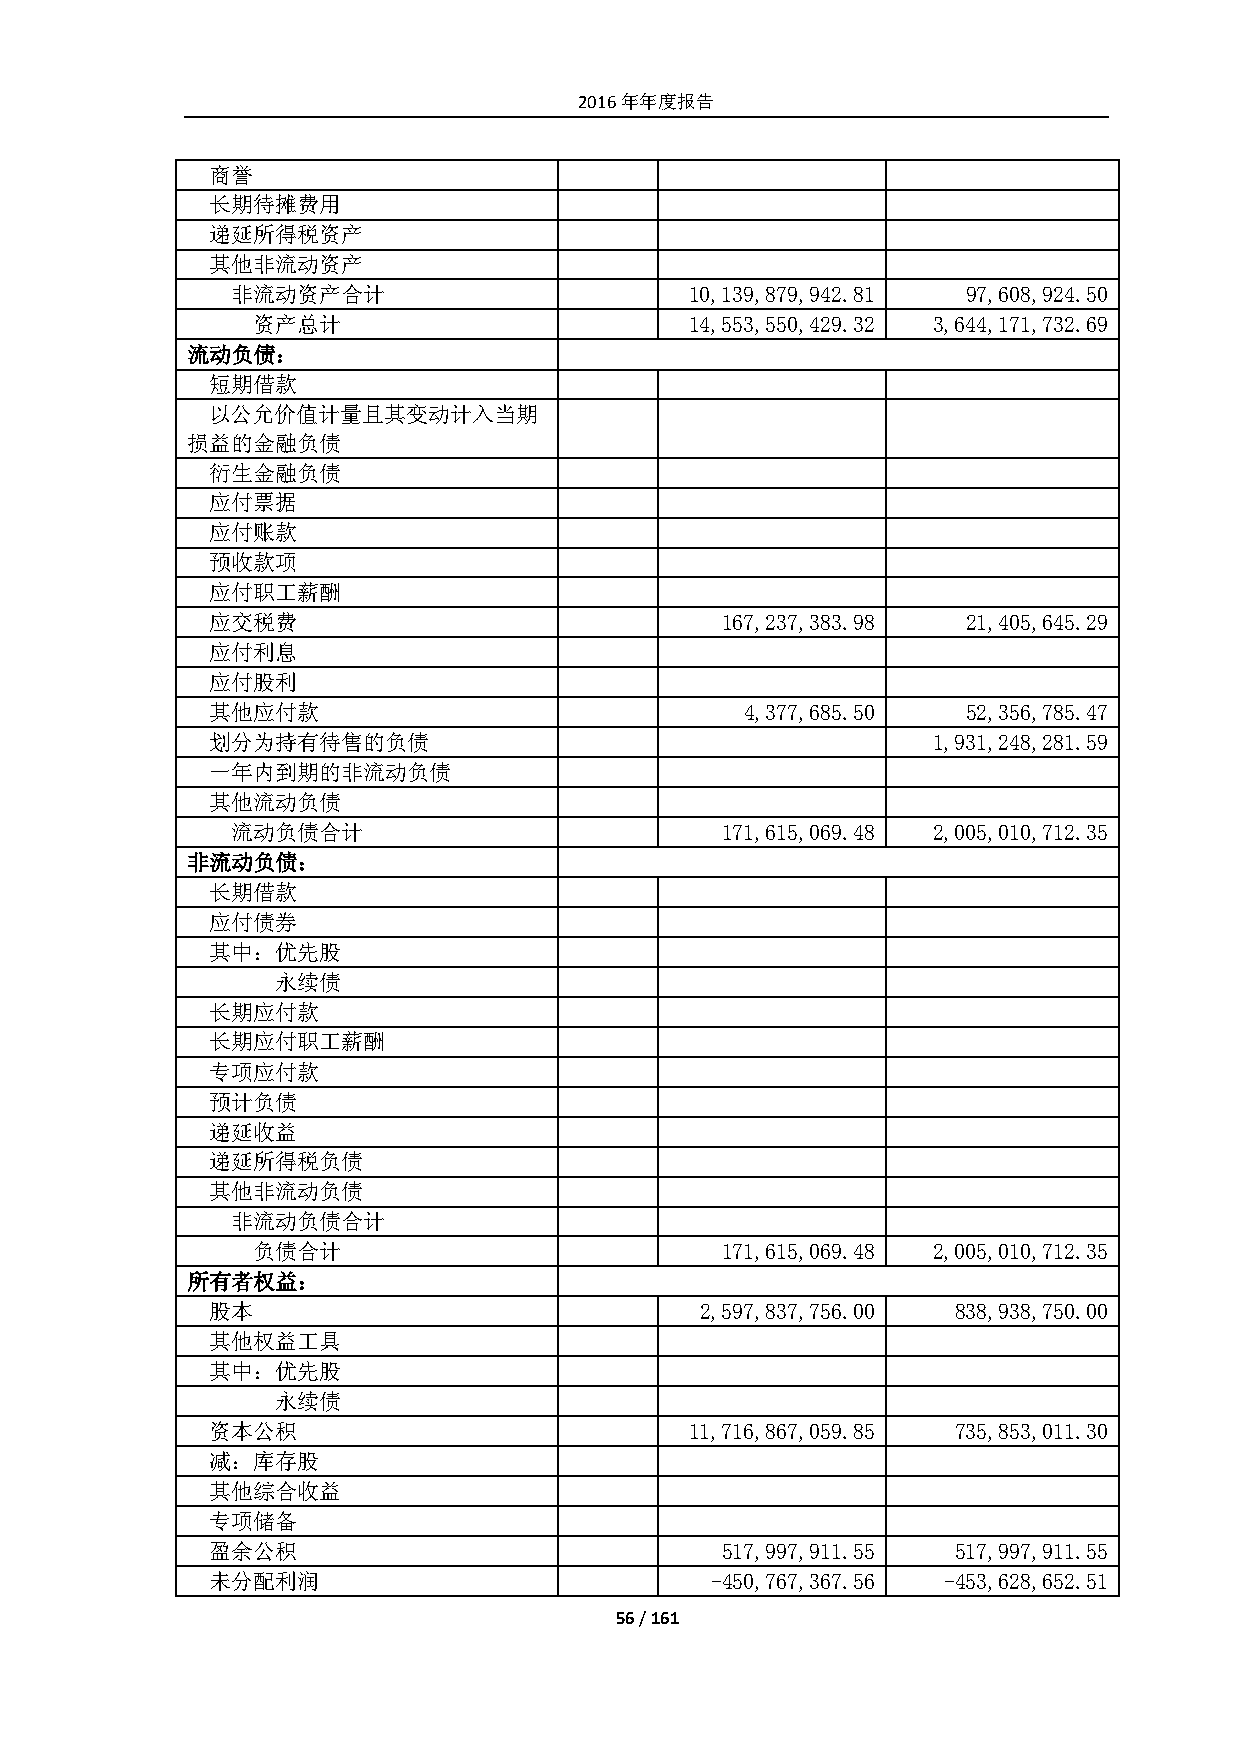
2016年年度报告
 商誉
 长期待摊费用
 递延所得税资产
 其他非流动资产
 非流动资产合计                        10,139,879,942.81 97,608,924.50
 资产总计                         14,553,550,429.32 3,644,171,732.69
 流动负债：
 短期借款
 以公允价值计量且其变动计入当期
 损益的金融负债
 衍生金融负债
 应付票据
 应付账款
 预收款项
 应付职工薪酬
 应交税费                              167,237,383.98  21,405,645.29
 应付利息
 应付股利
 其他应付款                              4,377,685.50   52,356,785.47
 划分为持有待售的负债                                      1,931,248,281.59
 一年内到期的非流动负债
 其他流动负债
 流动负债合计                           171,615,069.48 2,005,010,712.35
 非流动负债：
 长期借款
 应付债券
 其中：优先股
 永续债
 长期应付款
 长期应付职工薪酬
 专项应付款
 预计负债
 递延收益
 递延所得税负债
 其他非流动负债
 非流动负债合计
 负债合计                           171,615,069.48 2,005,010,712.35
 所有者权益：
 股本                              2,597,837,756.00 838,938,750.00
 其他权益工具
 其中：优先股
 永续债
 资本公积                            11,716,867,059.85 735,853,011.30
 减：库存股
 其他综合收益
 专项储备
 盈余公积                              517,997,911.55 517,997,911.55
 未分配利润                            -450,767,367.56 -453,628,652.51
 56 / 161